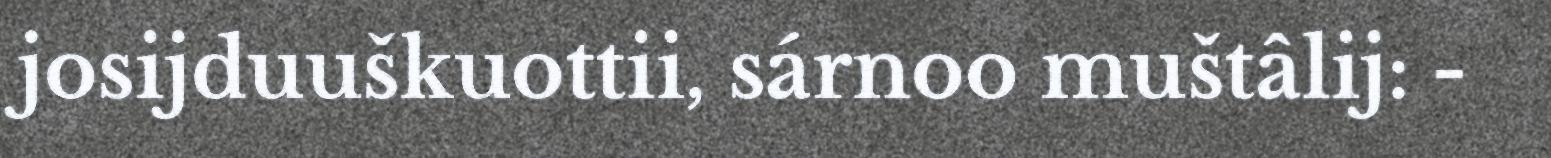
josijduuškuottii, sárnoo muštâlij: -